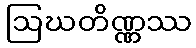
ဩဃတိဏ္ဏဿ